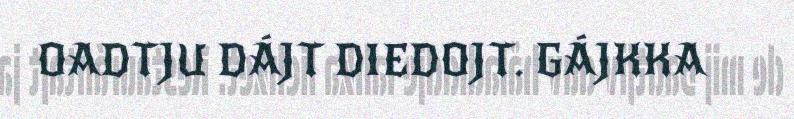
OADTJU DÁJT DIEDOJT. GÁJKKA